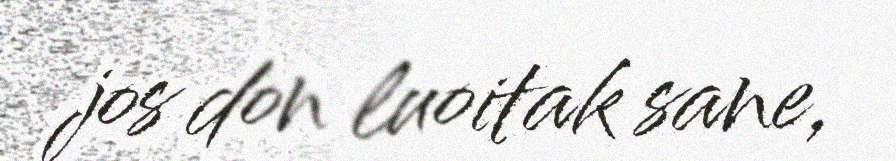
jos don luoitak sane,